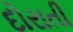
દોરાતી